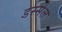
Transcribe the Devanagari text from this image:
डस्सेल